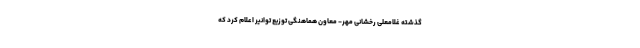
گذشته غلامعلی رخشانی مهر- معاون هماهنگی توزیع توانیر اعلام کرد که